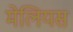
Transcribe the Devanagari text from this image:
मेलियस